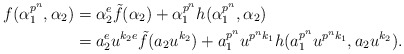
\begin{align*} f(\alpha_1^{p^n},\alpha_2) &= \alpha_2^e\tilde{f}(\alpha_2) + \alpha_1^{p^n}h(\alpha_1^{p^n},\alpha_2)\\ &= a_2^e u^{k_2e}\tilde{f}(a_2u^{k_2}) + a_1^{p^n}u^{p^nk_1}h(a_1^{p^n}u^{p^nk_1},a_2u^{k_2}).\end{align*}